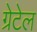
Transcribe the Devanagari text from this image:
ग्रेटेल